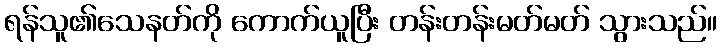
ရန်သူ၏သေနတ်ကို ကောက်ယူပြီး တန်းတန်းမတ်မတ် သွားသည်။